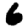
Digit: 6